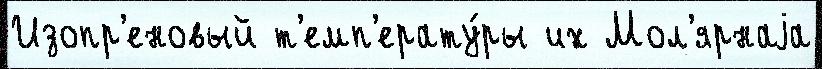
Изопр'еновый т'емп'ерату́ры их Мол'ярнаjа